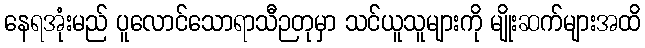
နေရအုံးမည် ပူလောင်သောရာသီဉတုမှာ သင်ယူသူများကို မျိုးဆက်များအထိ